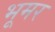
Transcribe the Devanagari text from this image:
भूमर